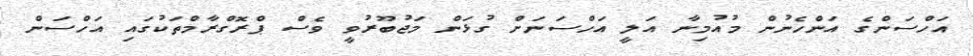
އަހްސަންގެ އަންހެނުން މުއުމިނާ އަލީ އަހްސަނަށް ގުޅަން މަޖުބޫރުވީ ވެސް ޕްރޮގްރާމްތަކުގައި އަހްސަން